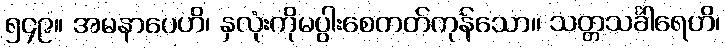
၅၄၉။ အမနာပေဟိ၊ နှလုံးကိုမပွါးစေတတ်ကုန်သော။ သတ္တသင်္ခါရေဟိ၊